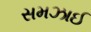
સમઝાઈ